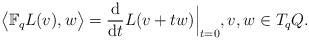
\begin{gather*} \bigl\langle \mathbb{F} _q L (v) , w \bigr\rangle = \frac{\mathrm{d}}{\mathrm{d}t} L ( v + t w ) \Bigr\rvert _{ t = 0 }, v, w \in T _q Q .\end{gather*}